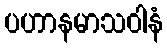
ပဟာနမာသဝါနံ